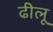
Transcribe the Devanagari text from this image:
ढीलू